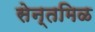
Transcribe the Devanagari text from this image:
सेन्तमिळ